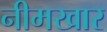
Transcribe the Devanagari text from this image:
नीमखार